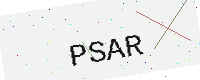
Text: PSAR